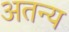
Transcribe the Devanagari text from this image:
अतन्य